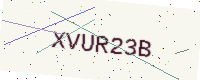
Text: XVUR23B